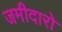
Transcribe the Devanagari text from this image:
जमीदारो